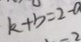
k + b = 2 - 0